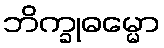
ဘိက္ခုဓမ္မော